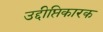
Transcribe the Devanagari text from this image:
उद्दीप्तिकारक